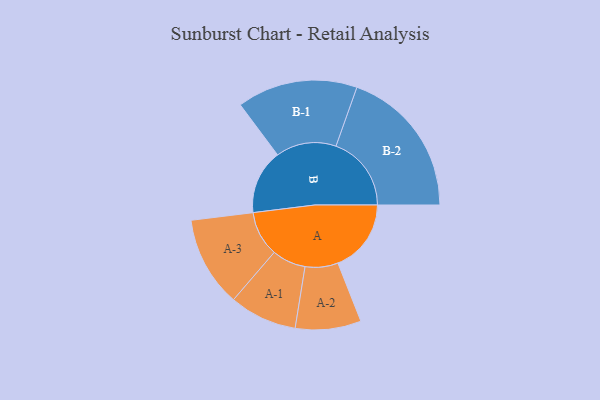
{"axis": {"x": "Segment", "y": "Value"}, "legend": ["", "A", "B"], "data": [{"x": "A", "y": 243, "type": ""}, {"x": "B", "y": 214, "type": ""}, {"x": "A-1", "y": 112, "type": "A"}, {"x": "A-2", "y": 109, "type": "A"}, {"x": "A-3", "y": 150, "type": "A"}, {"x": "B-1", "y": 200, "type": "B"}, {"x": "B-2", "y": 250, "type": "B"}]}